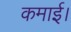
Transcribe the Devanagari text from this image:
कमाई।